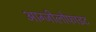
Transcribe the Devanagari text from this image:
आग्जीलोफाइट